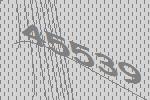
45539